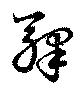
驛